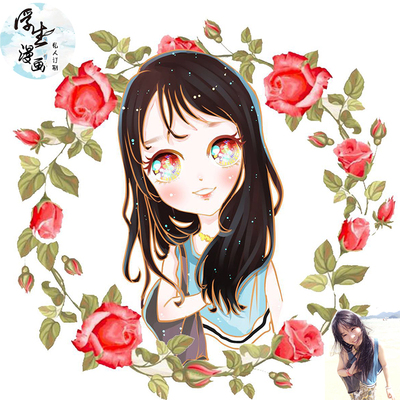
儿童漫相忆，行路岂知难。